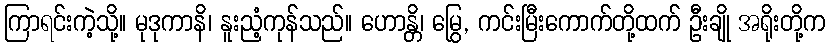
ကြာရင်းကဲ့သို့။ မုဒုကာနိ၊ နူးညံ့ကုန်သည်။ ဟောန္တိ၊ မြွေ, ကင်းမြီးကောက်တို့ထက် ဦးချို အရိုးတို့က